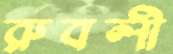
রুবলী